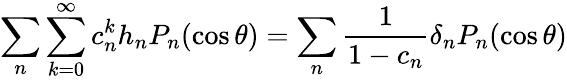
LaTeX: \sum_{n}\sum_{k=0}^{\infty}c_{n}^{k}h_{n}P_{n}(\cos\theta)=\sum_{n}{\frac{1}{1-c_{n}}}\delta_{n}P_{n}(\cos\theta)